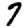
Digit: 7